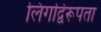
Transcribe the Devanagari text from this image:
लिंगद्विरूपता